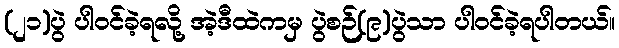
(၂၁)ပွဲ ပါဝင်ခဲ့ရလို့ အဲ့ဒီထဲကမှ ပွဲစဉ်(၉)ပွဲသာ ပါဝင်ခဲ့ရပါတယ်။